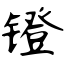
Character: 镫